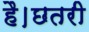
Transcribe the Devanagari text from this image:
है।छतरी